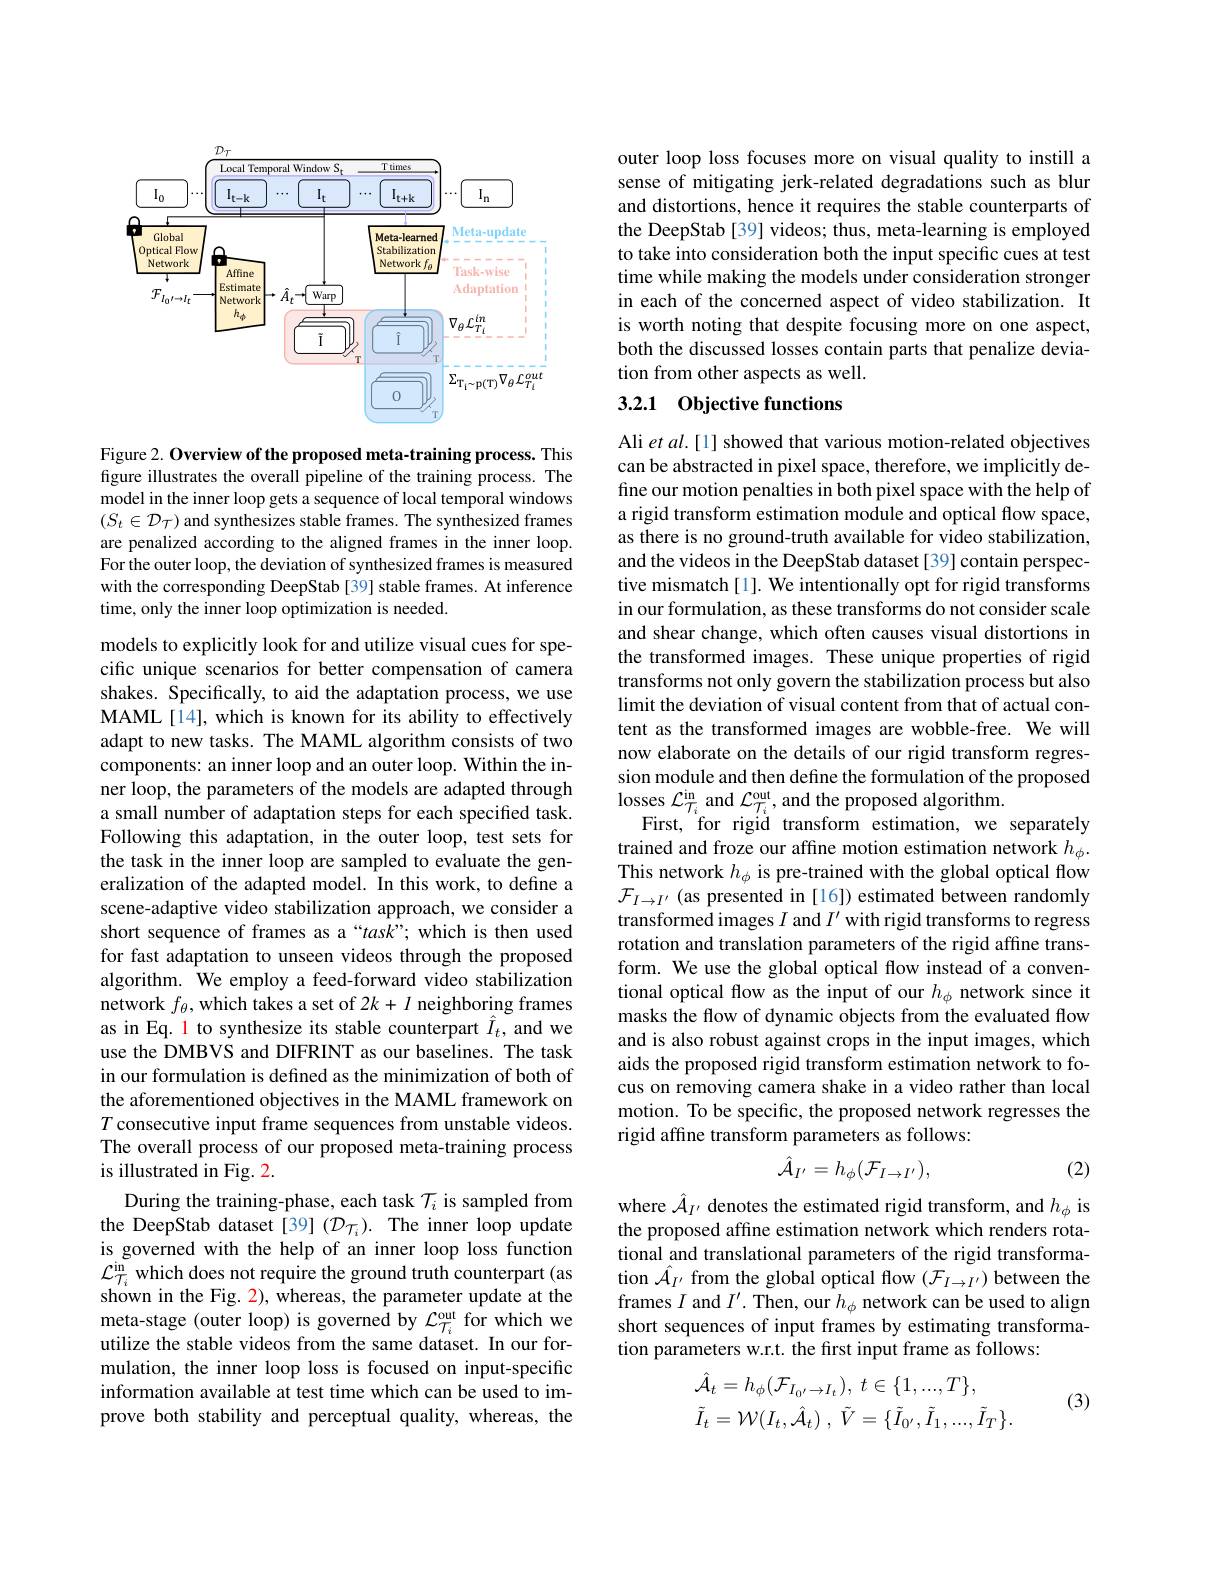
<FigureHere>

Figure 2. Overview of the proposed meta-training process. This figure illustrates the overall pipeline of the training process. The model in the inner loop gets a sequence of local temporal windows $(S_t\in\mathcal{D}_\tau)$ and synthesizes stable frames. The synthesized frames are penalized according to the aligned frames in the inner loop. For the outer loop, the deviation of synthesized frames is measured with the corresponding DeepStab [39] stable frames. At inference time, only the inner loop optimization is needed.

models to explicitly look for and utilize visual cues for specific unique scenarios for better compensation of camera shakes. Specifically, to aid the adaptation process, we use MAML[14], which is known for its ability to effectively adapt to new tasks. The MAML algorithm consists of two components: an inner loop and an outer loop. Within the inner loop, the parameters of the models are adapted through a small number of adaptation steps for each specified task. Following this adaptation, in the outer loop, test sets for the task in the inner loop are sampled to evaluate the generalization of the adapted model. In this work, to define a scene-adaptive video stabilization approach, we consider a short sequence of frames as a “task”; which is then used for fast adaptation to unseen videos through the proposed algorithm. We employ a feed-forward video stabilization network $f_\theta$, which takes a set of $2k+I$ neighboring frames as in Eq. 1 to synthesize its stable counterpart $\hat{I}_t$, and we use the DMBVS and DIFRINT as our baselines. The task in our formulation is defined as the minimization of both of the aforementioned objectives in the MAML framework on $T$ consecutive input frame sequences from unstable videos. The overall process of our proposed meta-training process is illustrated in Fig. 2.
During the training-phase, each task $\mathcal{T}_i$ is sampled from the DeepStab dataset [39] ($\mathcal{D}_{\mathcal{T}_i}).$ The inner loop update is governed with the help of an inner loop loss function $\mathcal{L}_{T_i}^{\mathrm{in}}$ which does not require the ground truth counterpart (as shown in the Fig. 2), whereas, the parameter update at the meta-stage (outer loop) is governed by $\mathcal{L}_{\mathcal{T}_i}^\mathrm{out}$ for which we utilize the stable videos from the same dataset. In our formulation, the inner loop loss is focused on input-specific information available at test time which can be used to improve both stability and perceptual quality, whereas, the

outer loop loss focuses more on visual quality to instill a sense of mitigating jerk-related degradations such as blur and distortions, hence it requires the stable counterparts of the DeepStab [39] videos; thus, meta-learning is employed to take into consideration both the input specific cues at test time while making the models under consideration stronger in each of the concerned aspect of video stabilization. It is worth noting that despite focusing more on one aspect, both the discussed losses contain parts that penalize deviation from other aspects as well.

## 3.2.1 Objective functions

Ali et al.[1] showed that various motion-related objectives can be abstracted in pixel space, therefore, we implicitly define our motion penalties in both pixel space with the help of a rigid transform estimation module and optical flow space, as there is no ground-truth available for video stabilization, and the videos in the DeepStab dataset [39] contain perspective mismatch[1]. We intentionally opt for rigid transforms in our formulation, as these transforms do not consider scale and shear change, which often causes visual distortions in the transformed images. These unique properties of rigid transforms not only govern the stabilization process but also limit the deviation of visual content from that of actual content as the transformed images are wobble-free. We will now elaborate on the details of our rigid transform regression module and then define the formulation of the proposed losses $\mathcal{L}_{\mathcal{T}_i}^\mathrm{in}$ and $\mathcal{L}_{\mathcal{T}_i}^\mathrm{out}$,and the proposed algorithm.
First, for rigid transform estimation, we separately trained and froze our affine motion estimation network $h_\phi.$ This network $h_\phi$ is pre-trained with the global optical flow $\mathcal{F}_{I\to I^{\prime}}$ (as presented in [16]) estimated between randomly transformed images $I$ and $I^\prime$ with rigid transforms to regress rotation and translation parameters of the rigid affine transform. We use the global optical flow instead of a conventional optical flow as the input of our $h_\mathrm{\phi}$ network since it masks the flow of dynamic objects from the evaluated flow and is also robust against crops in the input images, which aids the proposed rigid transform estimation network to focus on removing camera shake in a video rather than local motion. To be specific, the proposed network regresses the rigid affine transform parameters as follows:
$$\hat{\mathcal{A}}_{I^{\prime}}=h_{\phi}(\mathcal{F}_{I\to I^{\prime}}),$$
(2)

where $\hat{\mathcal{A}}_{I^{\prime}}$ denotes the estimated rigid transform, and $h_\phi$ is the proposed affine estimation network which renders rotational and translational parameters of the rigid transformation $\hat{\mathcal{A}}_{I^{\prime}}$ from the global optical flow $(\mathcal{F}_I\to I^{\prime})$ between the frames $I$ and $I^\prime.$ Then, our $h_\phi$ network can be used to align short sequences of input frames by estimating transformation parameters w.r.t. the first input frame as follows:

(3)
$$\begin{aligned}&\hat{\mathcal{A}}_{t}=h_{\phi}(\mathcal{F}_{I_{0^{\prime}}\to I_{t}}),\:t\in\{1,...,T\},\\&\tilde{I}_{t}=\mathcal{W}(I_{t},\hat{\mathcal{A}}_{t})\:,\:\tilde{V}=\{\tilde{I}_{0^{\prime}},\tilde{I}_{1},...,\tilde{I}_{T}\}.\end{aligned}$$